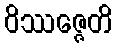
ဝိဿဇ္ဇေတိ